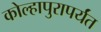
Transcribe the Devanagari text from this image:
कोल्हापुरापर्यंत